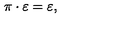
\pi \cdot \varepsilon = \varepsilon ,